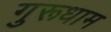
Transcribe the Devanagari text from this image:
गुरूधाम